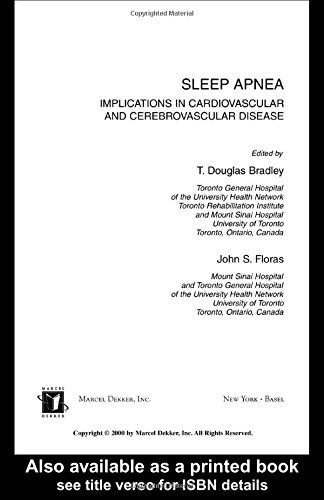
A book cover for Sleep Apnea: Implications in Cardiovascular and Cerebrovascular Disease (Lung Biology in Health and Disease); Health, Fitness & Dieting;